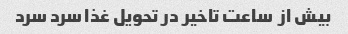
بیش از  ساعت تاخیر در تحویل غذا سرد سرد